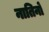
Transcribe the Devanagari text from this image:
नातिनों